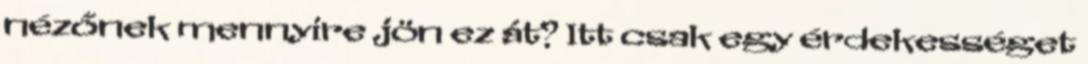
nézőnek mennyire jön ez át? Itt csak egy érdekességet